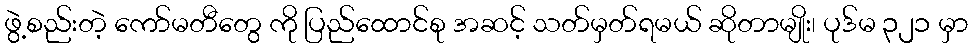
ဖွဲ့စည်းတဲ့ ကော်မတီတွေ ကို ပြည်ထောင်စု အဆင့် သတ်မှတ်ရမယ် ဆိုတာမျိုး၊ ပုဒ်မ ၃၂၁ မှာ